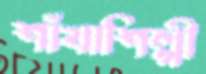
শাঁখাশিল্পী